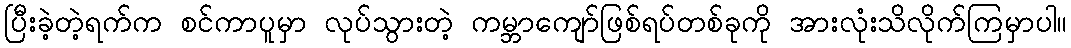
ပြီးခဲ့တဲ့ရက်က စင်ကာပူမှာ လုပ်သွားတဲ့ ကမ္ဘာကျော်ဖြစ်ရပ်တစ်ခုကို အားလုံးသိလိုက်ကြမှာပါ။